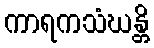
ကာရကသံဃန္တိ